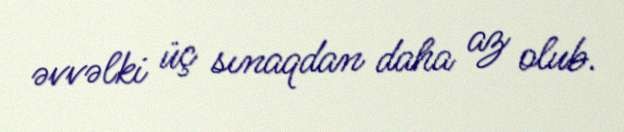
əvvəlki üç sınaqdan daha az olub.